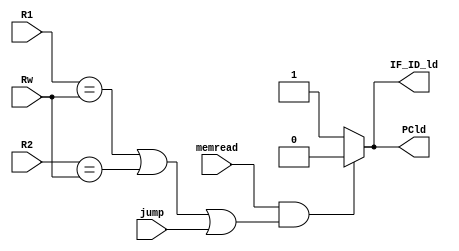
module HazardDetect(input [4:0]R1,R2,Rw,input memread,jump , output reg PCld , IF_ID_ld);
	initial begin
		IF_ID_ld=1;
		PCld=1;
	end
	
	always@(R1,R2,Rw,memread,jump)begin	
			if(memread &&((R1==Rw)|(R2==Rw)) | jump)begin
				PCld=0;
				IF_ID_ld=0;
			end
			else begin
				PCld=1;
				IF_ID_ld=1;
			end
	end
endmodule